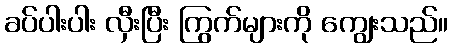
ခပ်ပါးပါး လှီးပြီး ကြွက်များကို ကျွေးသည်။